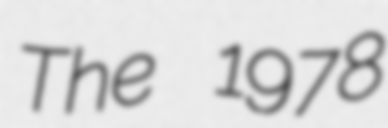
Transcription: The 1978